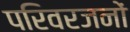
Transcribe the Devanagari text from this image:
परिवरजनों